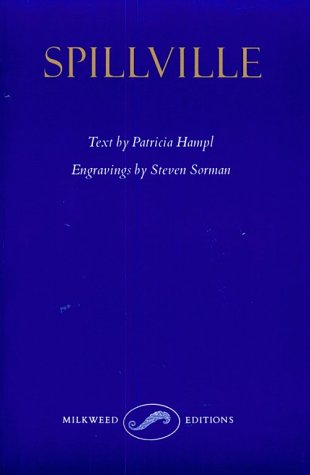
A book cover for Spillville: A Collaboration; Patricia Hampl; Travel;